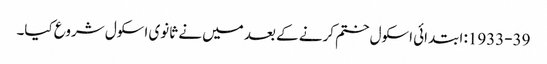
1933-39: ابتدائی اسکول ختم کرنے کے بعد میں نے ثانوی اسکول شروع کیا۔